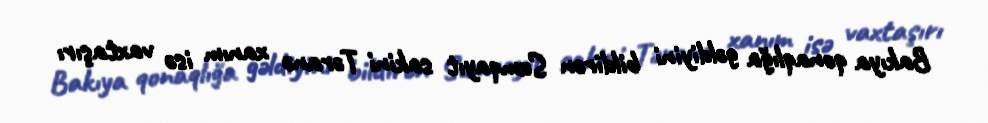
Bakıya qonaqlığa gəldiyini bildirən Sumqayıt sakini Təranə xanım isə vaxtaşırı